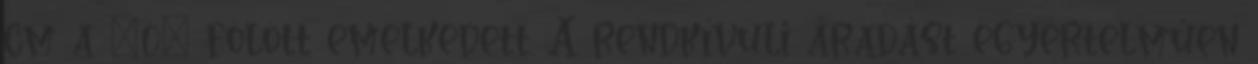
cm a „0” fölött emelkedett. A rendkívüli áradást egyértelműen